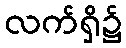
လက်ရှိ၌